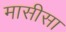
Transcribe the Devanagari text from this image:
मासीसा